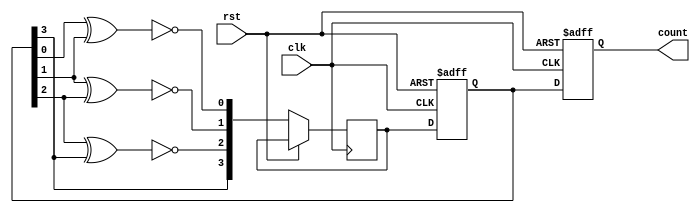
module Gray_Counter_Clock_Divider (
    input wire clk,
    input wire rst,
    output reg [3:0] count
);

reg [3:0] gray_count;
reg [3:0] next_gray_count;

always @ (posedge clk or posedge rst) begin
    if (rst) begin
        gray_count <= 4'b0;
    end else begin
        next_gray_count[0] <= ~(gray_count[0] ^ gray_count[1]);
        next_gray_count[1] <= ~(gray_count[1] ^ gray_count[2]);
        next_gray_count[2] <= ~(gray_count[2] ^ gray_count[3]);
        next_gray_count[3] <= gray_count[3];
        
        gray_count <= next_gray_count;
    end
end

always @ (posedge clk or posedge rst) begin
    if (rst) begin
        count <= 4'b0;
    end else begin
        count <= gray_count;
    end
end

endmodule